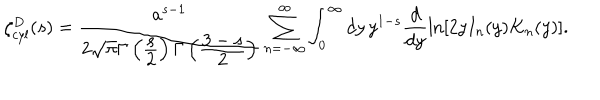
\zeta _ { c y l } ^ { D } ( s ) = \frac { a ^ { s - 1 } } { 2 \sqrt { \pi } \Gamma \left( \frac { \displaystyle s } { \displaystyle 2 } \right) \Gamma \left( \frac { \displaystyle 3 - s } { \displaystyle 2 } \right) } \sum _ { n = - \infty } ^ { \infty } \int _ { 0 } ^ { \infty } d y \, y ^ { 1 - s } \frac { d } { d y } \ln \left[ 2 y I _ { n } ( y ) K _ { n } ( y ) \right] .